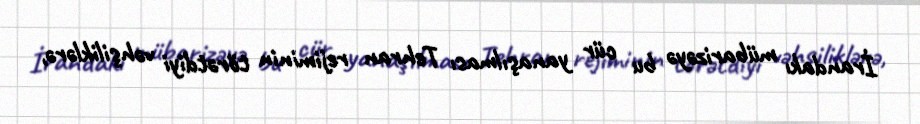
İrandakı mübarizəyə bu cür yanaşılması Tehran rejiminin törətdiyi vəhşiliklərə,